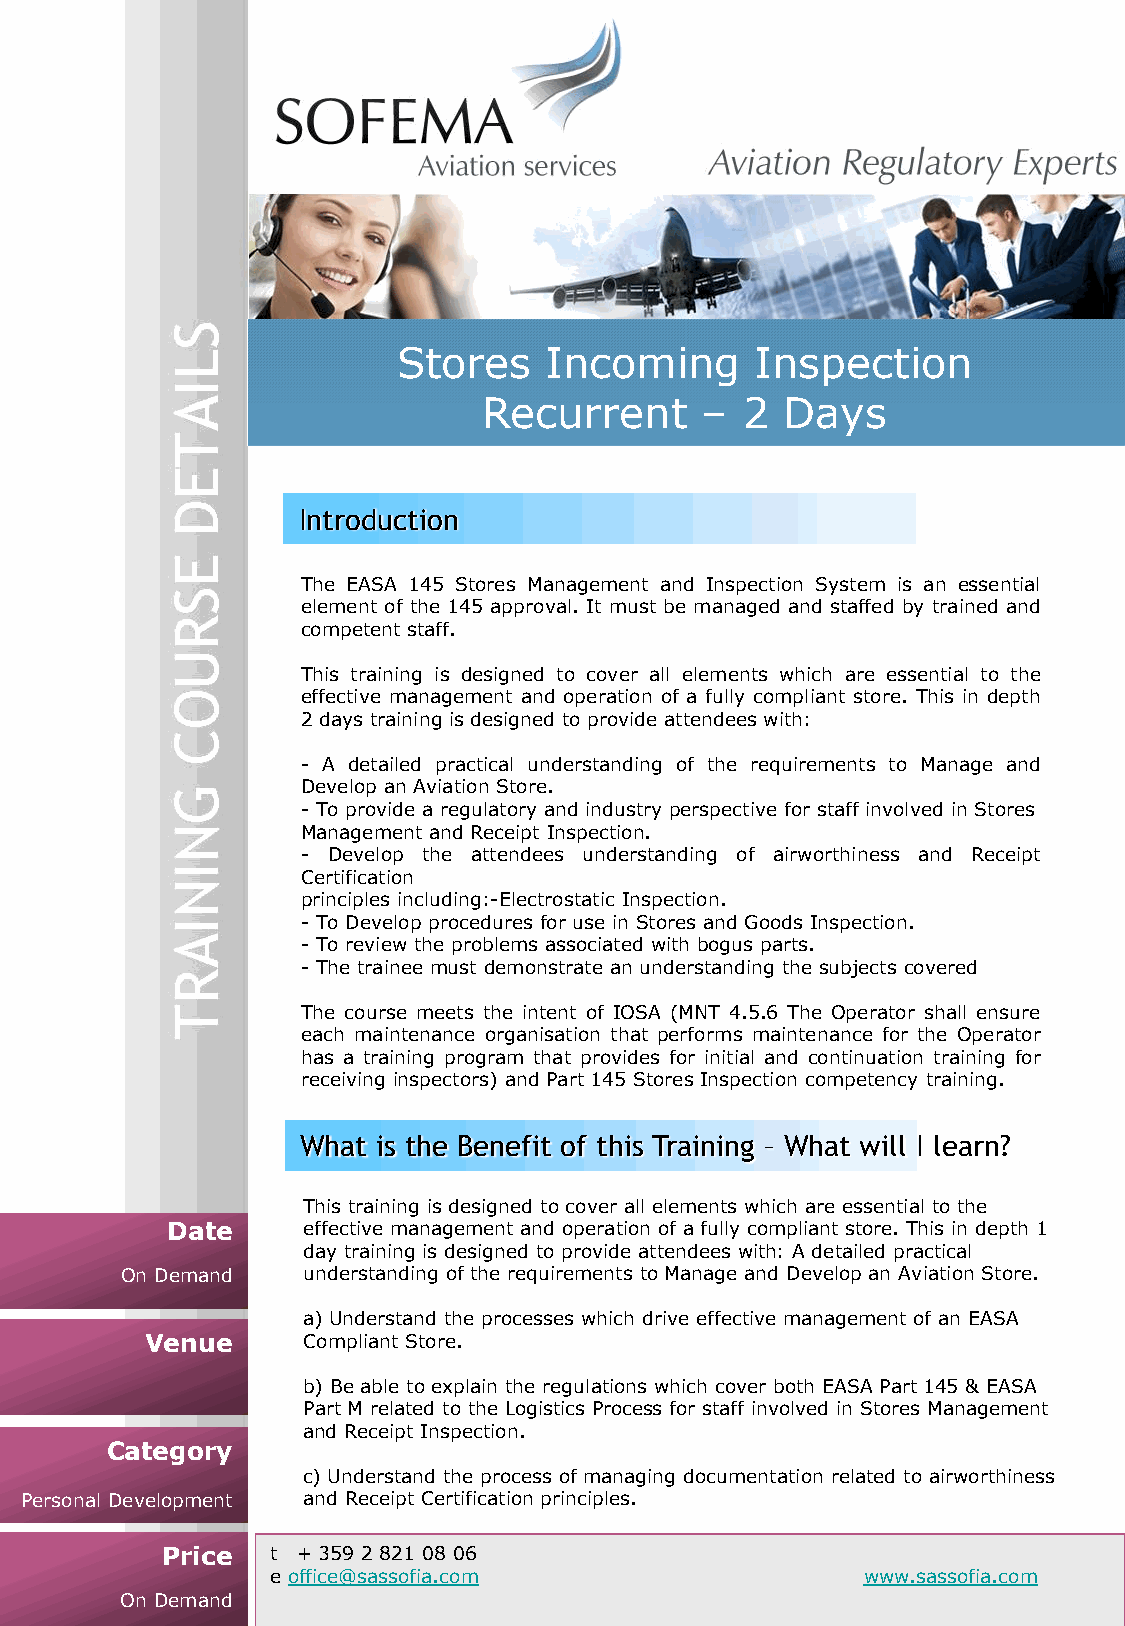
Stores    Incoming      Inspection
 Recurrent     –  2  Days
 Introduction
 The EASA 145 Stores Management and Inspection System is an essential
 element of the 145 approval. It must be managed and staffed by trained and
 competent staff.
 This training is designed to cover all elements which are essential to the
 effective management and operation of a fully compliant store. This in depth
 2 days training is designed to provide attendees with:
 - A detailed practical understanding of the requirements to Manage and
 Develop an Aviation Store.
 - To provide a regulatory and industry perspective for staff involved in Stores
 Management and Receipt Inspection.
 - Develop the attendees understanding of airworthiness and Receipt
 Certification
 principles including:-Electrostatic Inspection.
 - To Develop procedures for use in Stores and Goods Inspection.
 - To review the problems associated with bogus parts.
 - The trainee must demonstrate an understanding the subjects covered
 The course meets the intent of IOSA (MNT 4.5.6 The Operator shall ensure
 each maintenance organisation that performs maintenance for the Operator
 has a training program that provides for initial and continuation training for
 receiving inspectors) and Part 145 Stores Inspection competency training.
 What is the Benefit of this Training – What will I learn?
 This training is designed to cover all elements which are essential to the
 Date     effective management and operation of a fully compliant store. This in depth 1
 day training is designed to provide attendees with: A detailed practical
 On Demand   understanding of the requirements to Manage and Develop an Aviation Store.
 a) Understand the processes which drive effective management of an EASA
 Venue     Compliant Store.
 b) Be able to explain the regulations which cover both EASA Part 145 & EASA
 Part M related to the Logistics Process for staff involved in Stores Management
 and Receipt Inspection.
 Category
 c) Understand the process of managing documentation related to airworthiness
 Personal Development and Receipt Certification principles.
 Price  t + 359 2 821 08 06
 e office@sassofia.com                  www.sassofia.com
 On Demand